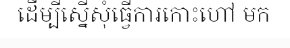
ដើម្បីស្នើសុំធ្វើការកោះហៅ មក